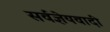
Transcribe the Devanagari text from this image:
सर्वज्ञेयवादी